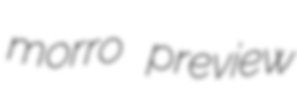
morro preview